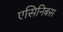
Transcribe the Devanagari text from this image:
एसिनिबस